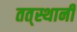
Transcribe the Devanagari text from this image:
तत्‌स्थानी